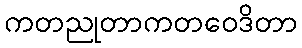
ကတညုတာကတဝေဒိတာ